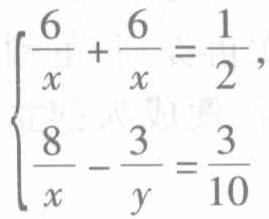
$\begin{cases}
\frac{6}{x}+\frac{6}{x}=\frac{1}{2},\\
\frac{8}{x}-\frac{3}{y}=\frac{3}{10}
\end{cases}$